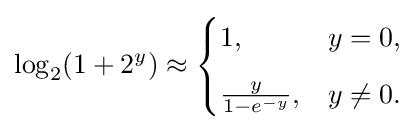
\log _{2}(1+2^{y})\approx {\begin{cases}1,&y=0,\\[6pt]{\frac {y}{1-e^{-y}}},&y\neq 0.\end{cases}}